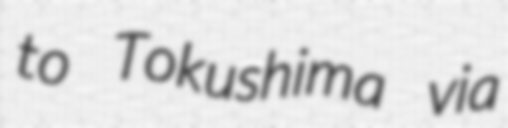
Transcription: to Tokushima via